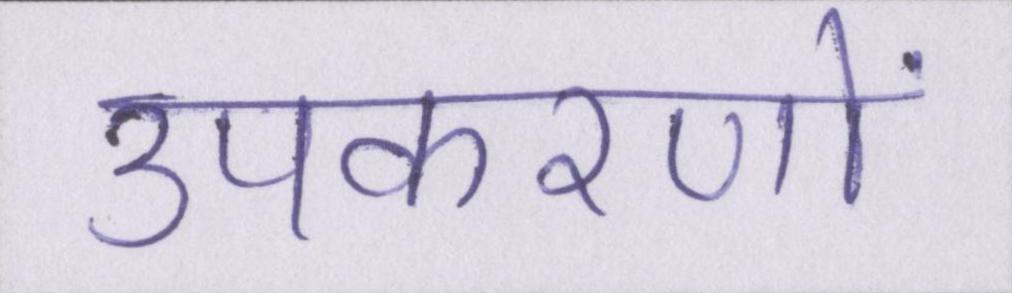
उपकरणों